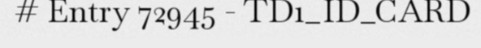
# Entry 72945 - TD1_ID_CARD